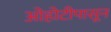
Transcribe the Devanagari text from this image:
ओहोटीपासून